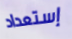
إستعداد